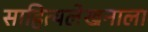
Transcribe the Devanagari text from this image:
साहित्यलेखनाला